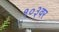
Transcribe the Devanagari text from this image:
१०३वर